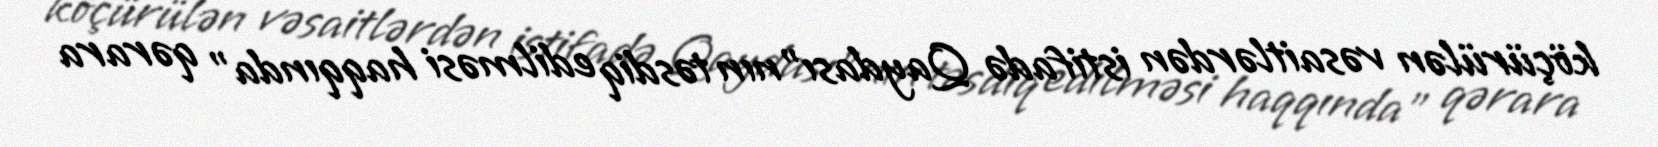
köçürülən vəsaitlərdən istifadə Qaydası”nın təsdiq edilməsi haqqında” qərara